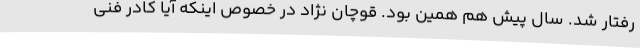
رفتار شد. سال پیش هم همین بود. قوچان نژاد در خصوص اینکه آیا کادر فنی